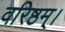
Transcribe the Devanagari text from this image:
वरिष्ठम्‌।